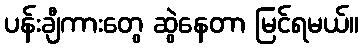
ပန်းချီကားတွေ ဆွဲနေတာ မြင်ရမယ်။